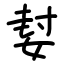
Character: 㜂